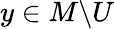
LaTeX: y\in M\backslash U